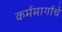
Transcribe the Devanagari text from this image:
कर्ममार्गाचे